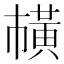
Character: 𫜘